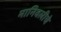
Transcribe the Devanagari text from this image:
मानिवलीचे